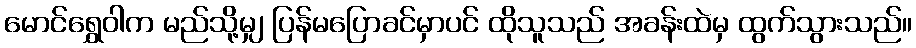
မောင်ရွှေဝါက မည်သို့မျှ ပြန်မပြောခင်မှာပင် ထိုသူသည် အခန်းထဲမှ ထွက်သွားသည်။